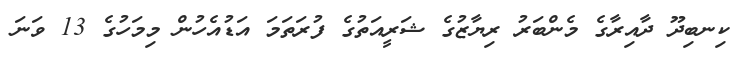
ކިނބިދޫ ދާއިރާގެ މެންބަރު ރިޔާޒުގެ ޝަރީއަތުގެ ފުރަތަމަ އަޑުއެހުން މިމަހުގެ 13 ވަނަ